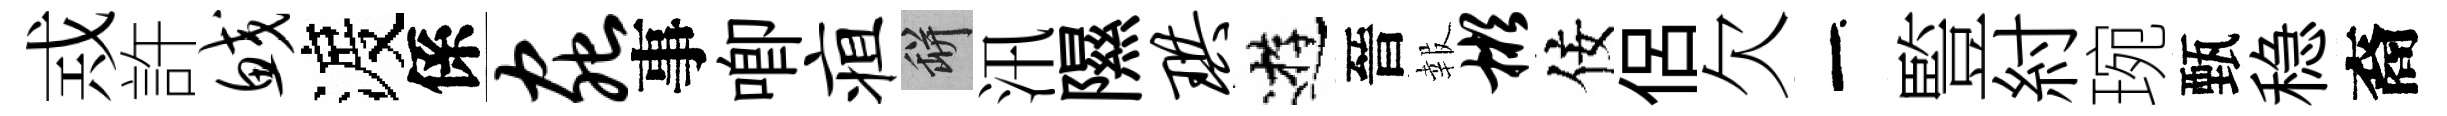
𢦶許鲛渡係虫事唧疽瓶汛隰珙逰晉報彬佞侶欠一䜿紂琬甄稳裔